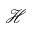
\mathcal { H }